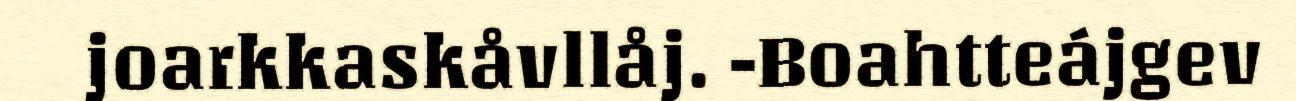
joarkkaskåvllåj. -Boahtteájgev